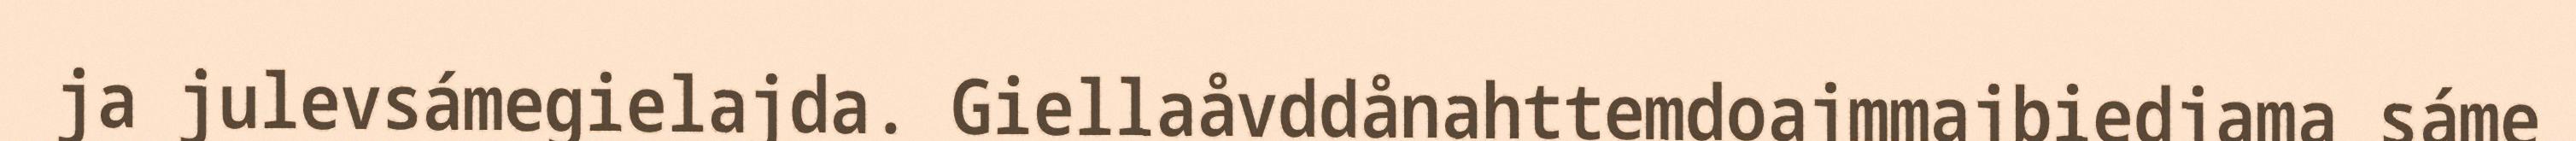
ja julevsámegielajda. Giellaåvddånahttemdoajmmajbiedjama sáme